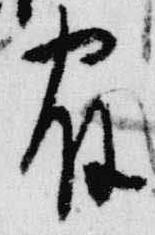
宿